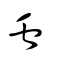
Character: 蟲